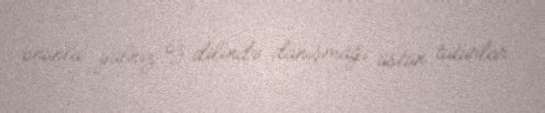
onunla yalnız öz dilində danışmağı üstün tuturlar.